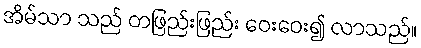
အိမ်သာ သည် တဖြည်းဖြည်း ဝေးဝေး၍ လာသည်။